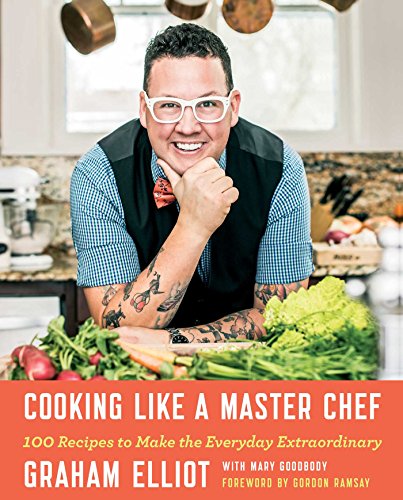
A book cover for Cooking Like a Master Chef: 100 Recipes to Make the Everyday Extraordinary; Graham Elliot; Cookbooks, Food & Wine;